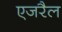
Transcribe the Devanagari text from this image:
एजरैल